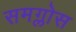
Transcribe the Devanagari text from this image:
समग्लोस